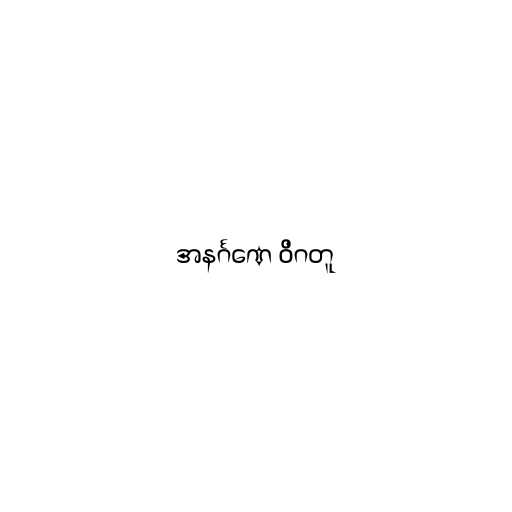
အနင်္ဂဏေ ဝိဂတူ